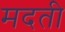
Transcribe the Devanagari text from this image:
मदती